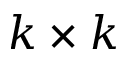
k \times k